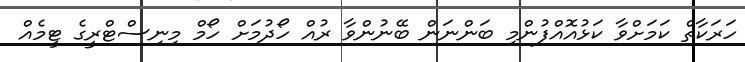
ހަރަކާތް ކަމަށްވާ ކަޅުއޮއްފުންމި ބަންނަން ބޭނުންވާ ރުއް ހޯދުމަށް ހޯމް މިނިސްޓްރީގެ ޓީމެއް